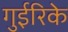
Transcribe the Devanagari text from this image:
गुईरिके